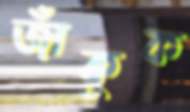
জাঁকুক